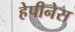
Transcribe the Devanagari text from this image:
हेपीनेस